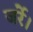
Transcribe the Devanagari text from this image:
जर्रे।